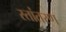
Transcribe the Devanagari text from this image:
स्तांतरण